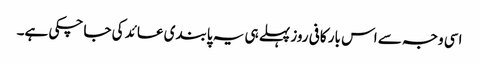
اسی وجہ سے اس بار کافی روز پہلے ہی یہ پابندی عائد کی جا چکی ہے۔